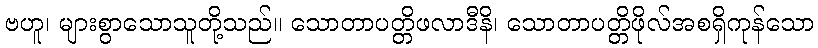
ဗဟူ၊ များစွာသောသူတို့သည်။ သောတာပတ္တိဖလာဒီနိ၊ သောတာပတ္တိဖိုလ်အစရှိကုန်သော